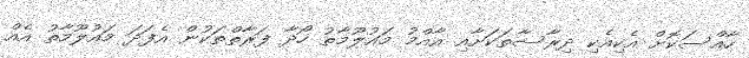
ހާއްސަކޮށް އެކިއެކި ދިރާސާތަކަށާއި އާއްމު މައުލޫމާތު ހޯދާ ފަރާތްތަކުން އެފަދަ މައުލޫމާތު އެއް